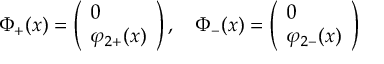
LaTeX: \Phi _ { + } ( x ) = \left( \begin{array} { l } { { 0 } } \\ { { \varphi _ { 2 + } ( x ) } } \end{array} \right) , \quad \Phi _ { - } ( x ) = \left( \begin{array} { l } { { 0 } } \\ { { \varphi _ { 2 - } ( x ) } } \end{array} \right)